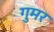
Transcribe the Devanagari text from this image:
गुमर